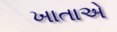
ખાતાએ